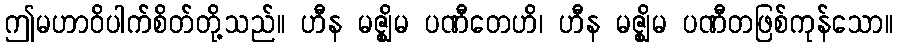
ဤမဟာဝိပါက်စိတ်တို့သည်။ ဟီန မဇ္ဈိမ ပဏီတေဟိ၊ ဟီန မဇ္ဈိမ ပဏီတဖြစ်ကုန်သော။